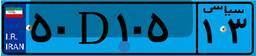
۶۱D۰۲۳۹۹